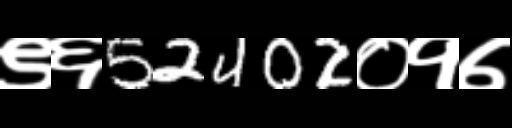
Text: ९६52402०१७